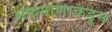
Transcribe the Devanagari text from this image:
अफगाणाकडून